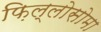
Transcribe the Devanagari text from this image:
फ़िल्लोसोमा